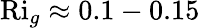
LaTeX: \textrm{Ri}_{g}\approx 0.1-0.15